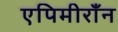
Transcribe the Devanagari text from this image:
एपिमीराँन